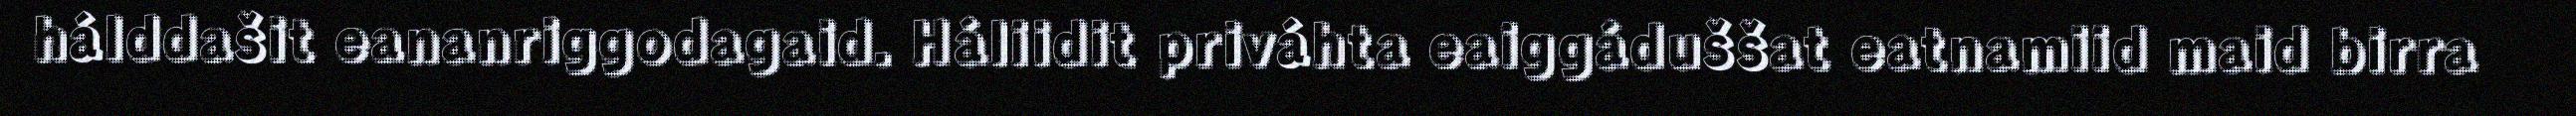
hálddašit eananriggodagaid. Háliidit priváhta eaiggáduššat eatnamiid maid birra